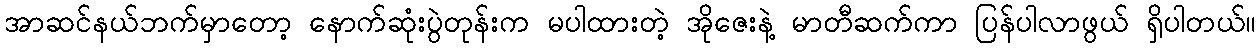
အာဆင်နယ်ဘက်မှာတော့ နောက်ဆုံးပွဲတုန်းက မပါထားတဲ့ အိုဇေးနဲ့ မာတီဆက်ကာ ပြန်ပါလာဖွယ် ရှိပါတယ်။